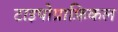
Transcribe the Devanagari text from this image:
टाइपोग्राफ़िकल